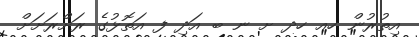
އިތުރުން ހއ ހދ ށ ނ ބ އަދި ފ އަތޮޅުގެ ރަށްރަށަށް